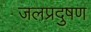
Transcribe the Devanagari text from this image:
जलप्रदुषण